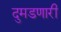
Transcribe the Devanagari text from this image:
दुमडणारी